Report of the Hyderabad Chloroform Commission
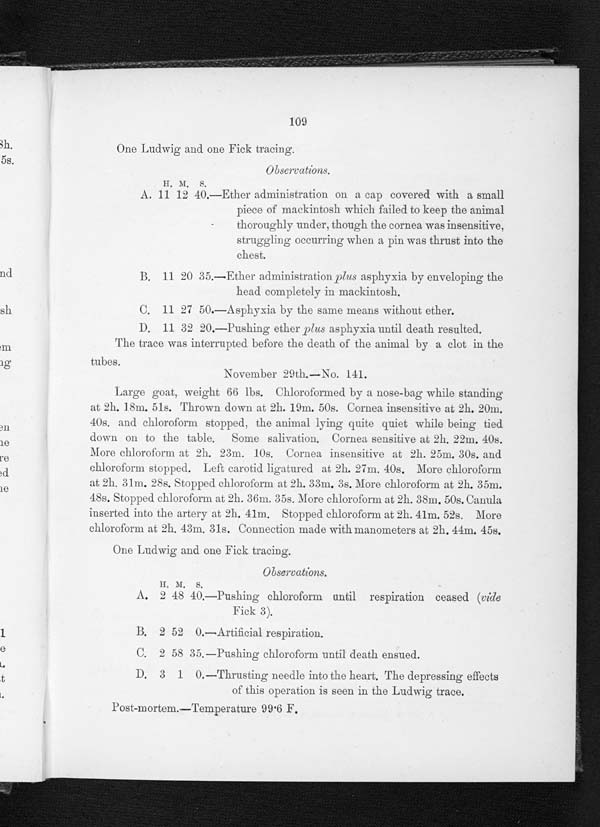
H. M. s.
Observation.
A. 11 12 40.
—Ether administration on a cap covered with a small
piece of mackintosh which failed to keep the animal
thoroughly under, though the cornea was insensitive,
struggling occurring when a pin was thrust into the
chest.
B. 11 20 35.
— Ether administration plus asphyxia by enveloping the
head completel y ill mackintosh.
C.
11 27 50 —Asphyxia by the same means without ether.
D
1 1 3 2 2 0 —Pushing ether plus asphyxia until death resulted.
The trace was interrupted before the death of the animal by a clot in the
tubes.
November 29th.—No. 141.
Large goat, weight 66 lbs. Chloroformed. by a nose-bag while standing
a t 2 h . 1 8 m . 5 1 s . T h r o w n d o w n a t 2 h . 1 9 m . 5 0 s . C o r n e a i n s e n s i t i v e a t 2 h . 2 0 m ,
40s. and chloroform stopped, the animal lying quite quiet while being tied
down on to the table. Some salivation. Cornea sensitive at 2h. 22m. 40s.
More chloroform at 2h. 23m. 10s. Cornea insensitive at 2h. 25m. 30s. and
chloroform stopped. Left carotid ligatured at 2h. 27m. 40s. More chloroform
at 2h. 31m. 28s. Stopped chloroform at 2h. 33m. 3s. More chloroform at 2h. 35m.
48s. Stopped chloroform at 2h. 36m. 35s. More chloroform at 2h. 38m. 50s. Canula
inserted into the artery at 2h. 41m. Stopped chloroform at 211. 41m. 52s. More
chloroform at 2h. 43m. 31s. Connection made with manometers at 2h. 44m. 45s.
One Ludwig and one Fick tracing.
109
One Ludwig and one Fick tracing.
Observations.
A.I I
H. M. S.
2 48 40
—Pushing chloroform until respiration ceased (vide
F
ick 3).
B.
2 52 0.
— Artificial respiration.
C. 2 58 35. —Pushingchloroform until death ensued.
D. 3 1 0
—Thrusting needle into the heart. The depressing effects
of this operation is seen in the Ludwig trace.
Post-mortem.—Temperature 99 .6 F.